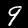
Digit: 9